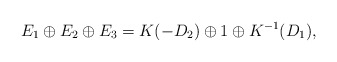
\begin{align*}E_1\oplus E_2\oplus E_3= K(-D_2) \oplus 1\oplus K^{-1}(D_1),\end{align*}